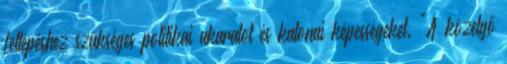
fellépéshez szükséges politikai akaratot és katonai képességeket. "A közelgő